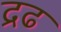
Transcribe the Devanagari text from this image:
द्रढ